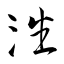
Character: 潘